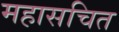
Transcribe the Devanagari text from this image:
महासचित